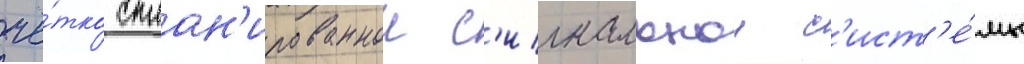
чё́тко сплан'ированнои с'игнальнои с'ист'е́мы